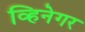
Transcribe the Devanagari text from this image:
व्हिनेगर